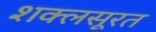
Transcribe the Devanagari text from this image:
शक्लसूरत